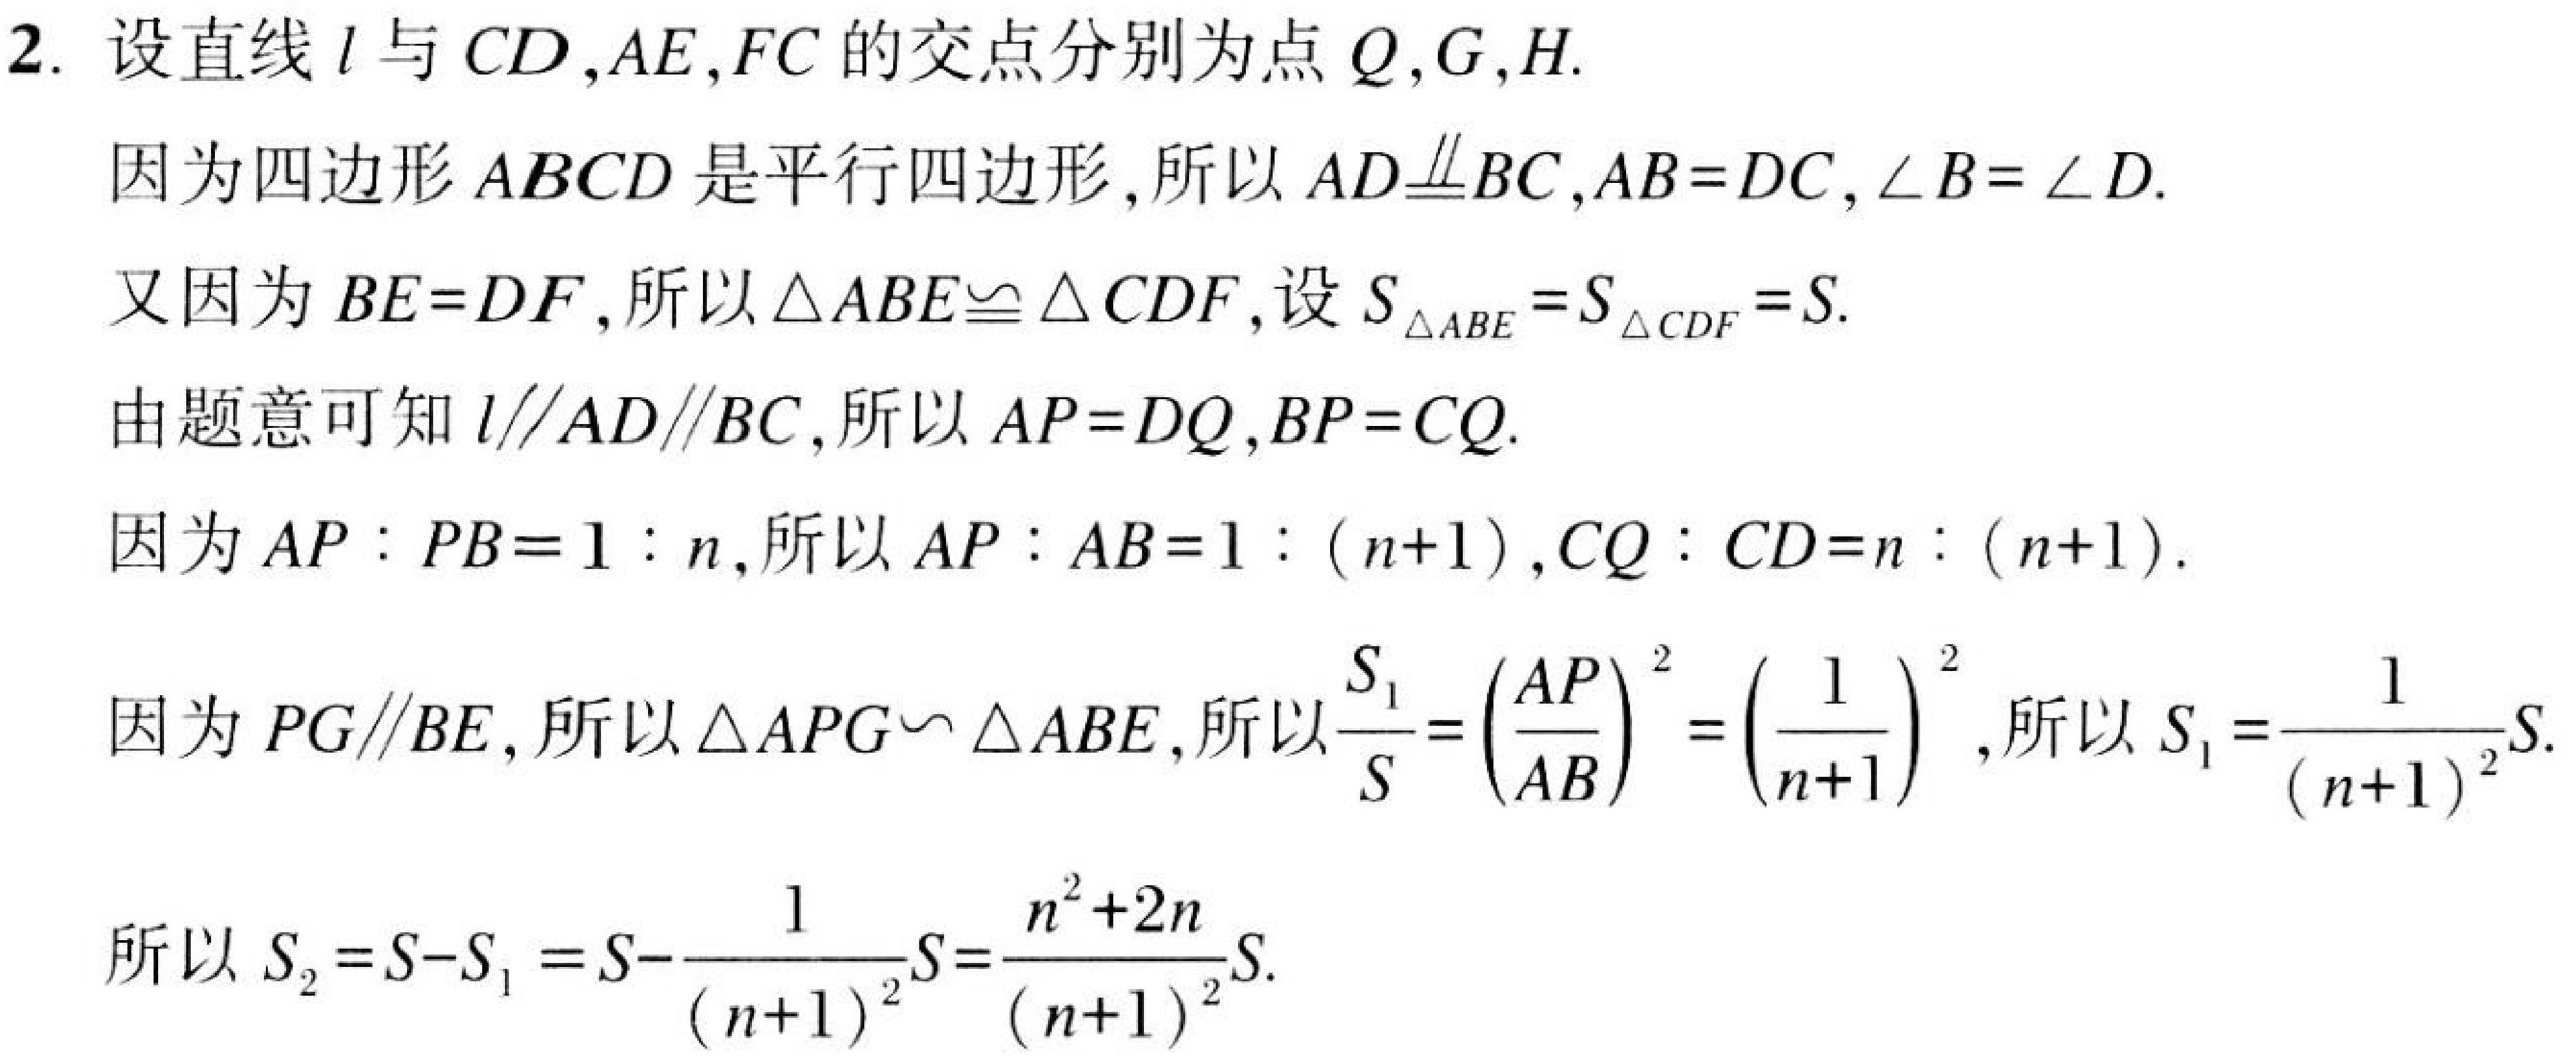
2. 设直线$l$与$CD,AE,FC$的交点分别为点$Q,G,H.$
因为四边形$ABCD$是平行四边形,所以$AD\underline{\underline{\parallel}}BC,AB = DC,\angle B=\angle D.$
又因为$BE = DF$,所以$\triangle ABE\cong\triangle CDF$,设$S_{\triangle ABE}=S_{\triangle CDF}=S.$
由题意可知$l\parallel AD\parallel BC$,所以$AP = DQ,BP = CQ.$
因为$AP:PB = 1:n$,所以$AP:AB = 1:(n + 1),CQ:CD=n:(n + 1).$
因为$PG\parallel BE$,所以$\triangle APG\backsim\triangle ABE$,所以$\frac{S_{1}}{S}=(\frac{AP}{AB})^{2}=(\frac{1}{n + 1})^{2}$,所以$S_{1}=\frac{1}{(n + 1)^{2}}S.$
所以$S_{2}=S - S_{1}=S-\frac{1}{(n + 1)^{2}}S=\frac{n^{2}+2n}{(n + 1)^{2}}S.$